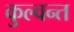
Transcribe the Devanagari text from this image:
कुल्वन्त